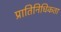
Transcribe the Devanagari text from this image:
प्रातिनिधिकता